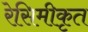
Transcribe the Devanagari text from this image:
रेसिमीकृत